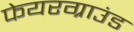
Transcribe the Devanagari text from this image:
फेयरग्राउंड